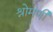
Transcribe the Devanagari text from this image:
श्रोमणी